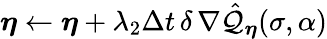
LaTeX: \boldsymbol{\eta}\gets\boldsymbol{\eta}+\lambda_{2}\Delta t\, \delta\, \nabla\hat{\mathcal{Q}}_{\boldsymbol{\eta}}(\sigma,\alpha)